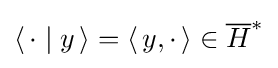
\left\langle \,\cdot \mid y\,\right\rangle =\left\langle \,y,\cdot \,\right\rangle \in {\overline {H}}^{*}